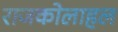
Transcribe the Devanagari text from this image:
राजकोलाहल